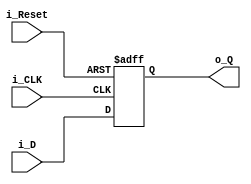
module dff (
	input    wire  [31:0]	i_D     ,
	input    wire 		    i_CLK	,
	input    wire 		    i_Reset ,
	output   reg   [31:0]	o_Q	 
	);

always @(posedge i_CLK or posedge i_Reset) 
	begin
		if (i_Reset) 
			begin
				o_Q <= 32'b0 ;
			end
		else
			begin
				o_Q <= i_D ;
			end
	end

endmodule